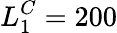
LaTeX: L_{1}^{C}=200